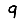
Digit: 9